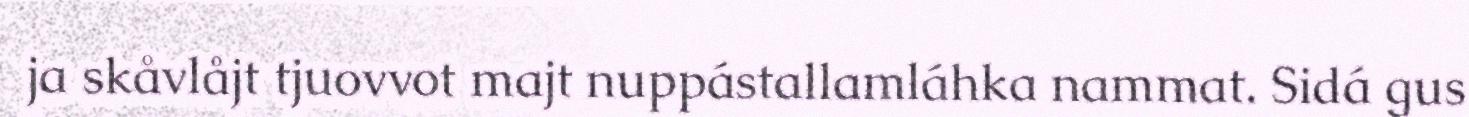
ja skåvlåjt tjuovvot majt nuppástallamláhka nammat. Sidá gus